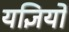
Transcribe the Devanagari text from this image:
यज्ञियों